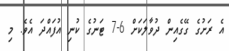
އެ ރަށުގެ ގޭގެއިން ދުވާލަކަށް 6-7 ޓަނުގެ ކުނި އުފައްދަ އެވެ. މި